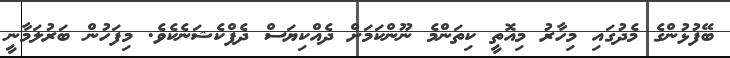
ބޭފުޅުންގެ މެދުގައި މިހާރު މިއޮތީ ކިތަންމެ ނޫންކަމަށް ދެއްކިޔަސް ދެފްކެޝަނެކެވެ. މިފަހުން ބަރުލަމާނީ